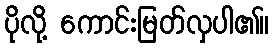
ပိုလို့ ကောင်းမြတ်လှပါ၏။